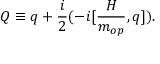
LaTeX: Q \equiv q + \frac { i } { 2 } ( - i [ \frac { { \cal H } } { m _ { o p } } , q ] ) .